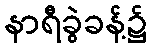
နာရီခွဲခန့်၌